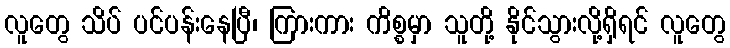
လူတွေ သိပ် ပင်ပန်းနေပြီ၊ ကြားကား ကိစ္စမှာ သူတို့ နိုင်သွားလို့ရှိရင် လူတွေ